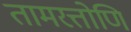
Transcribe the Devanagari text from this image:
तामरत्तोणि